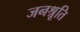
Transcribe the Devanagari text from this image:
जनश्रूति